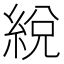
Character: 綐